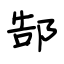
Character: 郜